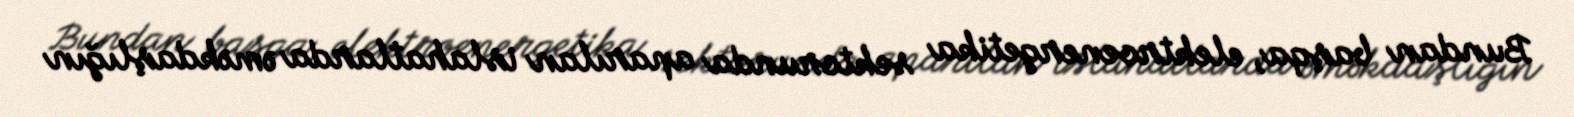
Bundan başqa, elektroenergetika sektorunda aparılan islahatlarda əməkdaşlığın